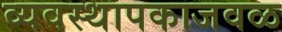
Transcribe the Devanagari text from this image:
व्यवस्थापकाजवळ